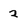
Character: 2